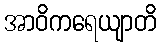
အာဝိကရေယျာတိ